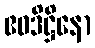
ဧဝဒိဋ္ဌိနော